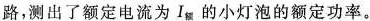
路，测出了额定电流为I_{额}的小灯泡的额定功率。